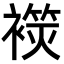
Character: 𧜬